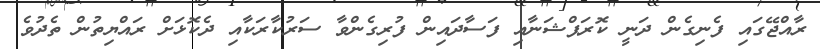
ރާއްޖޭގައި ފެނިގެން ދަނީ ކޮރަޕްޝަނާއި ފަސާދައިން ފުރިގެންވާ ސަރުކާރަކާއި ދެކޮޅަށް ރައްޔިތުން ތެދުވެ